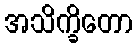
အသိက္ခိတော